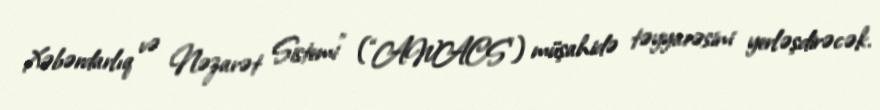
Xəbərdarlıq və Nəzarət Sistemi” (“AWACS”) müşahidə təyyarəsini yerləşdirəcək.